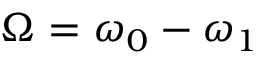
\Omega = \omega _ { 0 } - \omega _ { 1 }